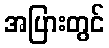
အပြားတွင်